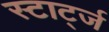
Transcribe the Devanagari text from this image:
स्टार्ट्ज